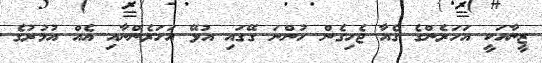
ޒީނާއަކީ އަހަރެންގެ ގެއާ ޖެހިގެން ހުންނަ ގޭގައި އުޅޭ އަހަރެންނާއި އެއް އުމުރުގެ